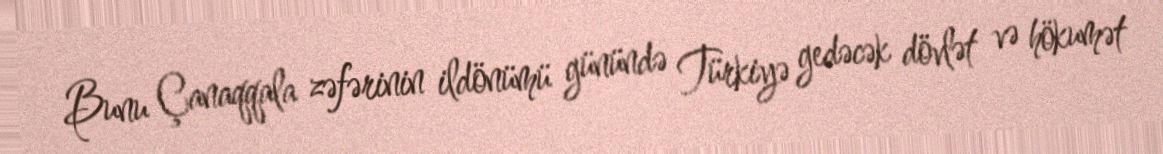
Bunu Çanaqqala zəfərinin ildönümü günündə Türkiyə gedəcək dövlət və hökumət